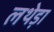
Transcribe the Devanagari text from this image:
लथेड़ा